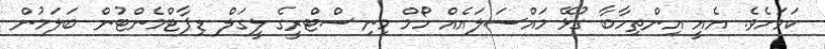
ކަމަށެވެ. އެއީ އިންތިހާބާ ގުޅޭ މައްސަލައެއް ހޯމް މިނިސްޓްރީގެ ލީގަލް ޑިޕާޓްމެންޓުން ބަލަމުން